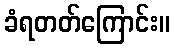
ခံရတတ်ကြောင်း။